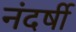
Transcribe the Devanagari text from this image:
नंदर्षी